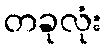
တခုလုံး